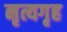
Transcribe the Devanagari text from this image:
नृत्यगृह